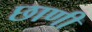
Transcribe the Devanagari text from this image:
छाणी